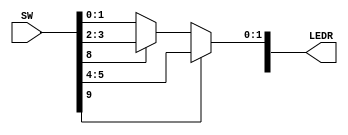
module part3(SW, LEDR);
	input [9:0] SW;
	output [9:0] LEDR;
	
	wire [1:0] U;
	wire [1:0] V;
	wire [1:0] W;
	wire [1:0] M;
	wire s0;
	wire s1;
	
	// Assigning switches
	assign U = SW[1:0];
	assign V = SW[3:2];
	assign W = SW[5:4];
	assign s0 = SW[8];
	assign s1 = SW[9];
	
	// Logic
	assign M = s1 ? W : (s0 ? V : U);
	
	// Output LEDs
	assign LEDR[8] = s0;
	assign LEDR[9] = s1;
	assign LEDR[0] = M[0];
	assign LEDR[1] = M[1];
endmodule